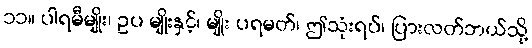
၁၁။ ပါရမီမျိုး၊ ဥပ မျိုးနှင့်၊ မျိုး ပရမတ်၊ ဤသုံးရပ်၊ ပြားလတ်ဘယ်သို့